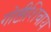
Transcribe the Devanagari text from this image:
गोष्टीशिवाय